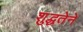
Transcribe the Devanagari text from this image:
शुद्धतेने